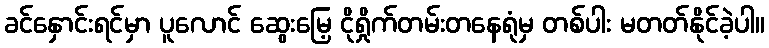
ခင်နှောင်းရင်မှာ ပူလောင် ဆွေးမြေ့ ငိုရှိုက်တမ်းတနေရုံမှ တစ်ပါး မတတ်နိုင်ခဲ့ပါ။